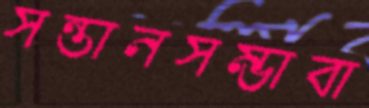
সন্তানসম্ভাবা